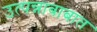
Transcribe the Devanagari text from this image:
उत्पन्नाबाबात